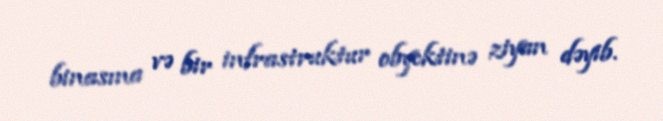
binasına və bir infrastruktur obyektinə ziyan dəyib.